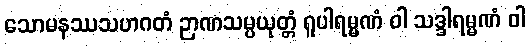
သောမနဿသဟဂတံ ဉာဏသမ္ပယုတ္တံ ရူပါရမ္မဏံ ဝါ သဒ္ဒါရမ္မဏံ ဝါ